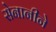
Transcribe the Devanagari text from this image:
सेनानीने